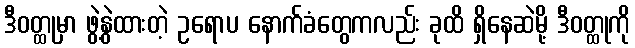
ဒီဝတ္ထုမှာ ဖွဲ့နွဲထားတဲ့ ဥရောပ နောက်ခံတွေကလည်း ခုထိ ရှိနေဆဲမို့ ဒီဝတ္ထုကို